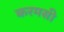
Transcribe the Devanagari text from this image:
करमसी